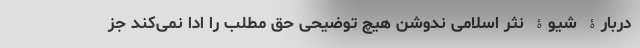
دربارۀ شیوۀ نثر اسلامی ندوشن هیچ توضیحی حق مطلب را ادا نمی‌کند جز